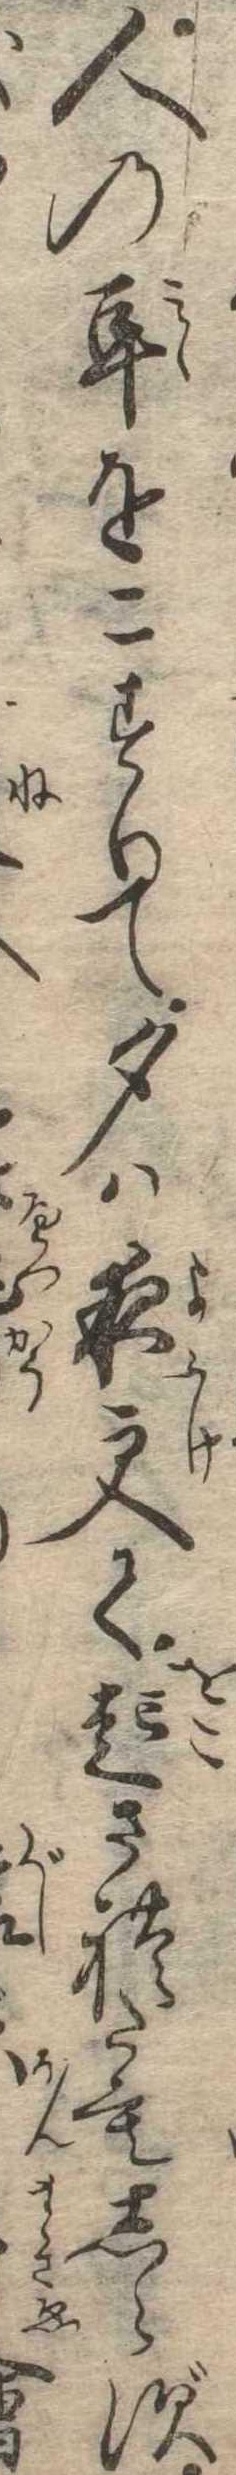
人の耳をこすりて夕は夜更て起されたもしらず